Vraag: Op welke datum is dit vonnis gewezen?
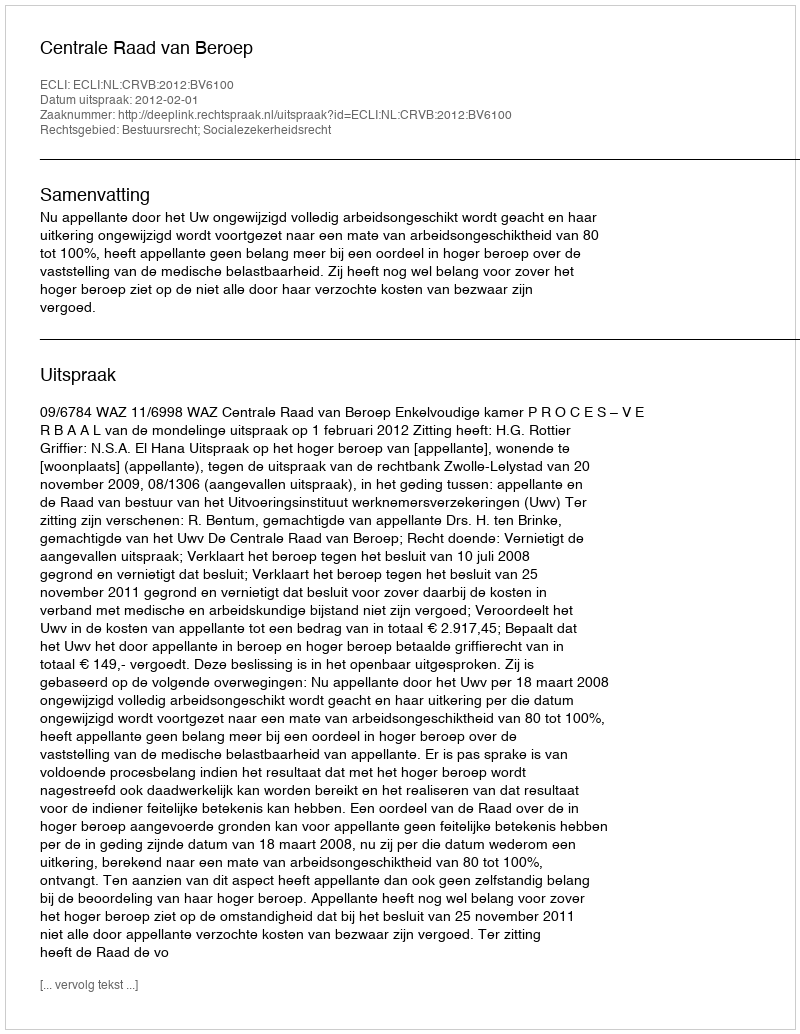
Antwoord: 2012-02-01